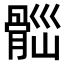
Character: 𩩀